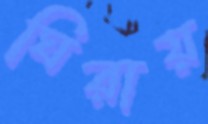
ঘিরায়